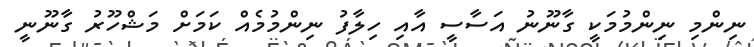
ނިންމި ނިންމުމަކީ ގާނޫނު އަސާސީ އާއި ހިލާފު ނިންމުމެއް ކަމަށް މަޝްހޫރު ގާނޫނީ